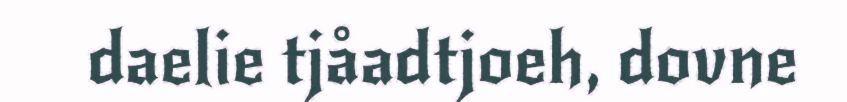
daelie tjåadtjoeh, dovne